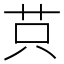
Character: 𦭜